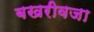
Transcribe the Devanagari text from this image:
बखरीवजा